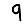
Digit: 9